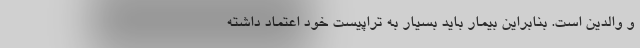
و والدین است. بنابراین بیمار باید بسیار به تراپیست خود اعتماد داشته